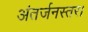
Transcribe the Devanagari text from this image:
अंतर्जनस्तर।